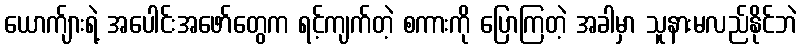
ယောက်ျားရဲ့ အပေါင်းအဖော်တွေက ရင့်ကျက်တဲ့ စကားကို ပြောကြတဲ့ အခါမှာ သူနားမလည်နိုင်ဘဲ